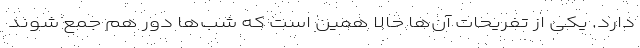
دارد. یکی از تفریحات آن‌ها حالا همین است که شب‌ها دور هم جمع شوند